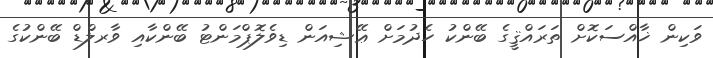
ވަކިން ޚާއްސަކޮށް ތަރައްޤީގެ ބޭންކު ހެދުމަށް ޢޭޝިއަން ޑިވެލޮޕްމަންޓު ބޭންކާއި ވާރލްޑް ބޭންކުގެ